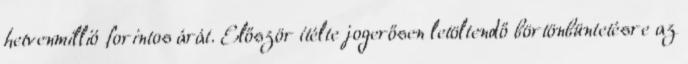
hetvenmillió forintos árát. Először ítélte jogerősen letöltendő börtönbüntetésre az